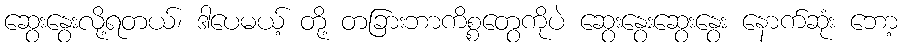
ဆွေးနွေးလို့ရတယ်၊ ဒါပေမယ့် တို့ တခြားဘာကိစ္စတွေကိုပဲ ဆွေးနွေးဆွေးနွေး နောက်ဆုံး ဘော့